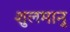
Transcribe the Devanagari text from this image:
शुलमानु